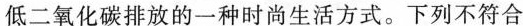
低二氧化碳排放的一种时尚生活方式。下列不符合